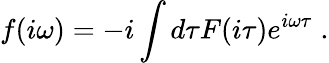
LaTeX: f(i\omega)=-i\int d\tau F(i\tau)e^{i\omega\tau}\; .